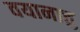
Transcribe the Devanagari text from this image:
वयानात्तु